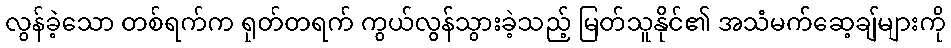
လွန်ခဲ့သော တစ်ရက်က ရုတ်တရက် ကွယ်လွန်သွားခဲ့သည့် မြတ်သူနိုင်၏ အသံမက်ဆေ့ချ်များကို